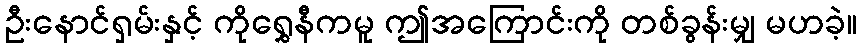
ဦးနောင်ရှမ်းနှင့် ကိုရွှေနီကမူ ဤအကြောင်းကို တစ်ခွန်းမျှ မဟခဲ့။